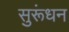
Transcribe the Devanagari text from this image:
सुरूंधन